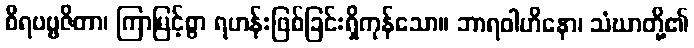
စိရပဗ္ဗဇိတာ၊ ကြာမြင့်စွာ ရဟန်းဖြစ်ခြင်းရှိကုန်သော။ ဘာရဝါဟိနော၊ သံဃာတို့၏